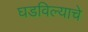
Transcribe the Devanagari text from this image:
घडविल्याचे